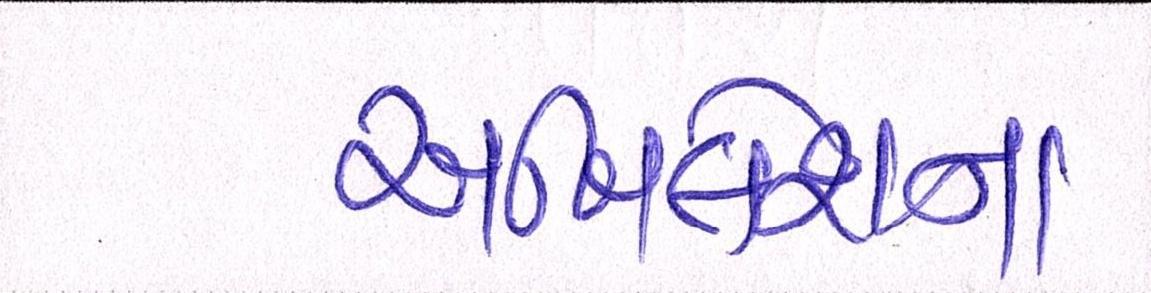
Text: અખિલેશના